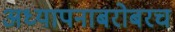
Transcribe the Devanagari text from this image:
अध्‍यापनाबरोबरच